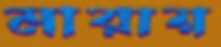
মারায়